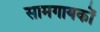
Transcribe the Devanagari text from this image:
सामगायकों